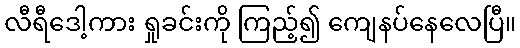
လီရီဒေါ့ကား ရှုခင်းကို ကြည့်၍ ကျေနပ်နေလေပြီ။